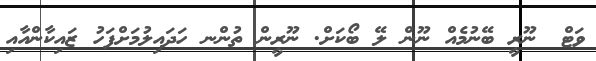
ވަޓް? ނޫރީ ބޭނުމެއް ނޫން ލޭ ބޯކަށް. ނޫރީން ތުންނ ހަދައިލުމަށްފަހު ޒައިކާންއާއި